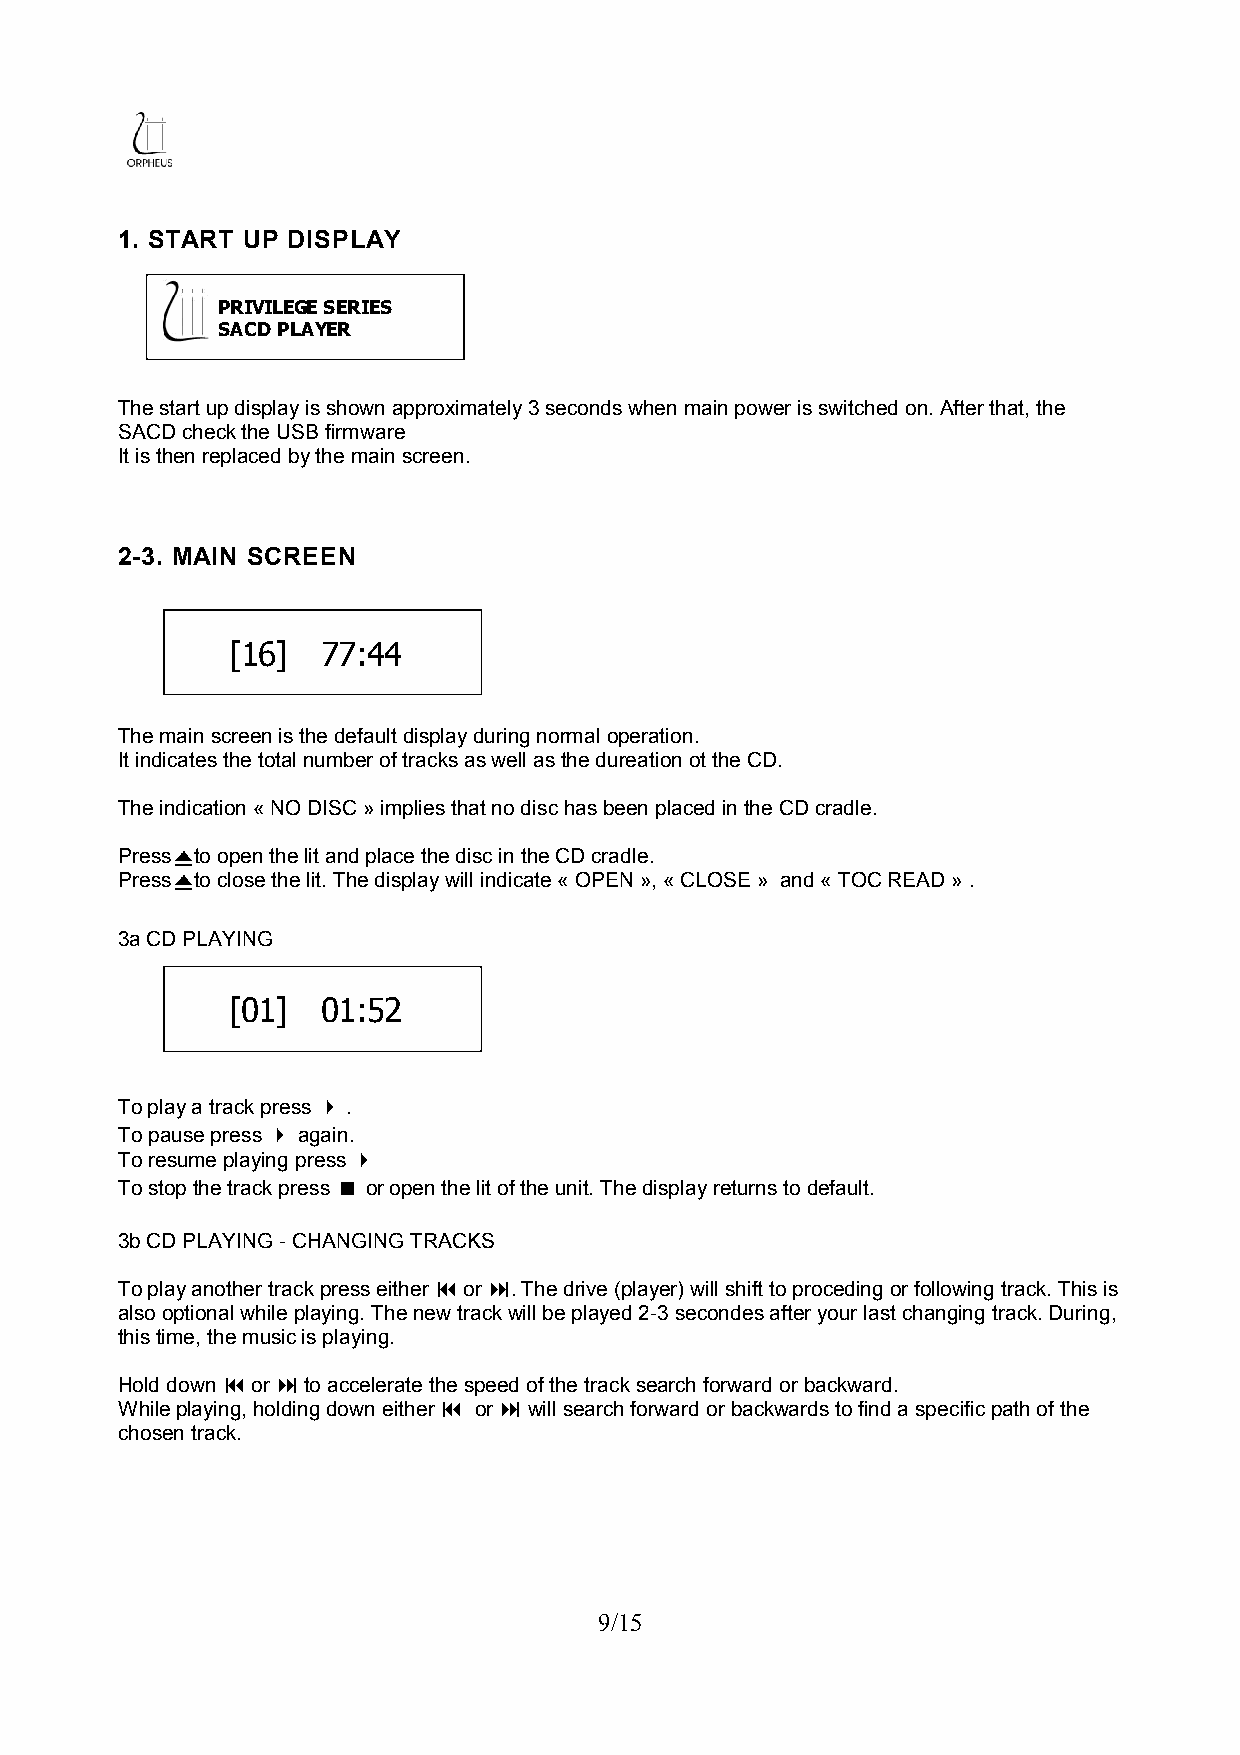
1. START UP DISPLAY
 PRIVILEGE SERIES
 SACD PLAYER
 The start up display is shown approximately 3 seconds when main power is switched on. After that, the
 SACD check the USB firmware
 It is then replaced by the main screen.
 2-3. MAIN SCREEN
 [16]  77:44
 The main screen is the default display during normal operation.
 It indicates the total number of tracks as well as the dureation ot the CD.
 The indication « NO DISC » implies that no disc has been placed in the CD cradle.
 Press to open the lit and place the disc in the CD cradle.
 Press to close the lit. The display will indicate « OPEN », « CLOSE » and « TOC READ » .
 3a CD PLAYING
 [01]  01:52
 To play a track press  .
 To pause press  again.
 To resume playing press 
 To stop the track press  or open the lit of the unit. The display returns to default.
 3b CD PLAYING - CHANGING TRACKS
 To play another track press either  or . The drive (player) will shift to proceding or following track. This is
 also optional while playing. The new track will be played 2-3 secondes after your last changing track. During,
 this time, the music is playing.
 Hold down  or  to accelerate the speed of the track search forward or backward.
 While playing, holding down either  or  will search forward or backwards to find a specific path of the
 chosen track.
 9/15